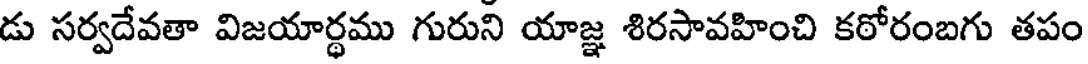
డు సర్వదేవతా విజయార్థము గురుని యాజ్ఞ శిరసావహించి కఠోరంబగు తపం